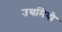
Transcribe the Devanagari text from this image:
उद्यमियो